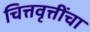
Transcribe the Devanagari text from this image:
चित्तवृत्तींचा